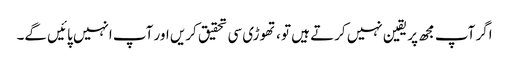
اگر آپ مجھ پر یقین نہیں کرتے ہیں تو ، تھوڑی سی تحقیق کریں اور آپ انہیں پائیں گے۔